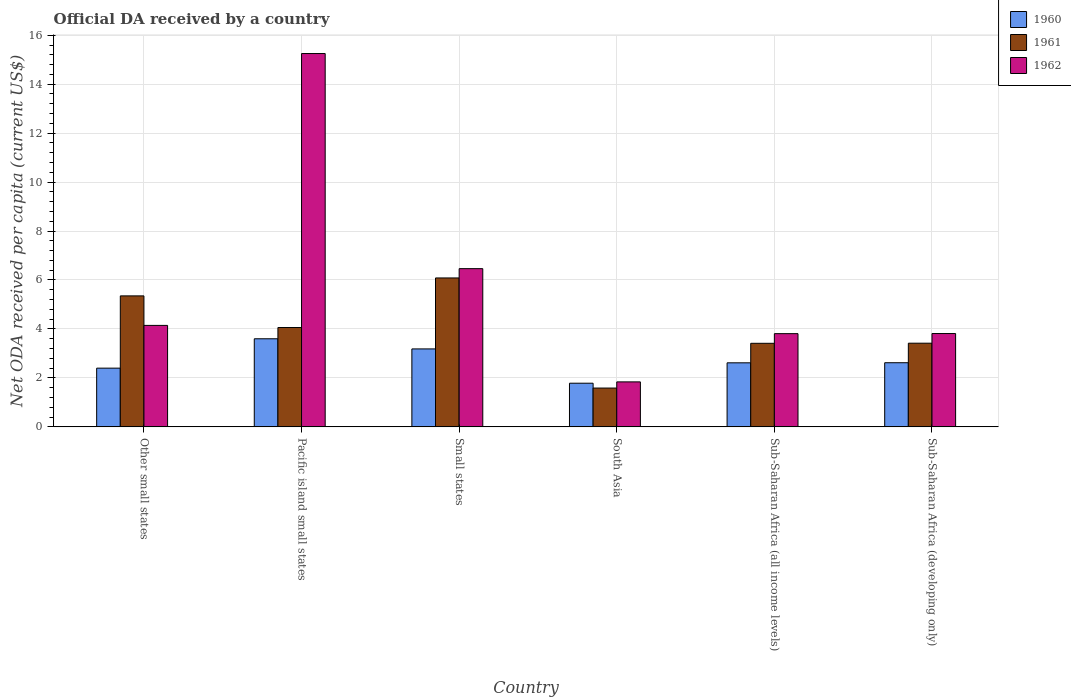
| Country | 1960 | 1961 | 1962 |
 | --- | --- | --- | --- |
 | Other small states | 2.4 | 5.35 | 4.15 |
 | Pacific island small states | 3.6 | 4.06 | 15.3 |
 | Small states | 3.18 | 6.08 | 6.46 |
 | South Asia | 1.78 | 1.59 | 1.84 |
 | Sub-Saharan Africa (all income levels) | 2.62 | 3.41 | 3.81 |
 | Sub-Saharan Africa (developing only) | 2.62 | 3.42 | 3.81 |